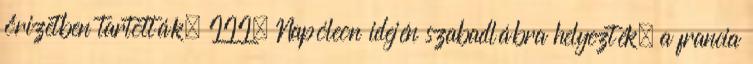
őrizetben tartották. III. Napóleon idején szabadlábra helyezték, a francia